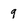
Character: 9